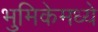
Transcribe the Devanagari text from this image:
भुमिकेमध्ये